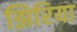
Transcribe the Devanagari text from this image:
झिरिया